Annual report of the Punjab Veterinary College and of the Civil Veterinary Department, Punjab - 1926-1932
Year: 1926
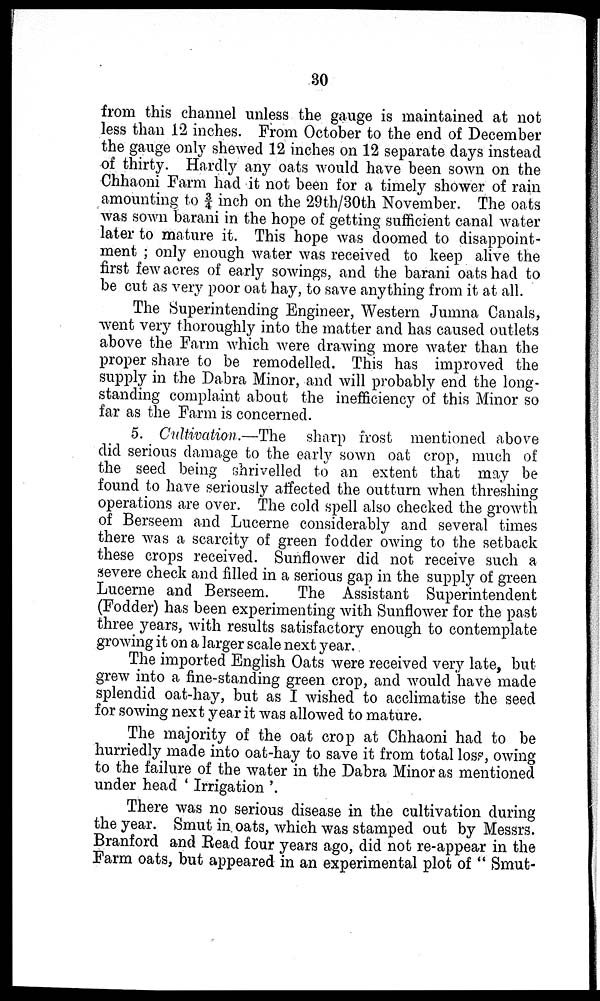
30
from this channel unless the gauge is maintained at not
less than 12 inches. From October to the end of December
the gauge only shewed 12 inches on 12 separate days instead
of thirty. Hardly any oats would have been sown on the
Chhaoni Farm had it not been for a timely shower of rain
amounting to § inch on the 29th/30th November. The oats
was sown barani in the hope of getting sufficient canal water
later to mature it. This hope was doomed to disappoint-
ment; only enough water was received to keep alive the
first few acres of early sowings, and the barani oats had to
be cut as very poor oat hay, to save anything from it at all.
The Superintending Engineer, Western Jumna Canals,
went very thoroughly into the matter and has caused outlets
above the Farm which were drawing more water than the
proper share to be remodelled. This has improved the
supply in the Dabra Minor, and will probably end the long-
standing complaint about the inefficiency of this Minor so
far as the Farm is concerned.
5. Cultivation.—The
sharp frost mentioned above
did serious damage to the early sown oat crop, much of
the seed being shrivelled to an extent that may be
found to have seriously affected the outturn when threshing
operations are over. The cold spell also checked the growth
of Berseem and Lucerne considerably and several times
there was a scarcity of green fodder owing to the setback
these crops received. Sunflower did not receive such a
severe check and filled in a serious gap in the supply of green
Lucerne and Berseem.
The Assistant Superintendent
(Fodder) has been experimenting with Sunflower for the past
three years, with results satisfactory enough to contemplate
growing it on a larger scale next year.
The imported English Oats were received very late, but
grew into a fine-standing green crop, and would have made
splendid oat-hay, but as I wished to acclimatise the seed
for sowing next year it was allowed to mature.
The majority of the oat crop at Chhaoni had to be
hurriedly made into oat-hay to save it from total loss, owing
to the failure of the water in the Dabra Minor as mentioned
under head 'Irrigation'.
There was no serious disease in the cultivation during
the year. Smut in oats, which was stamped out by Messrs.
Branford and Read four years ago, did not re-appear in the
Farm oats, but appeared in an experimental plot of "Smut-